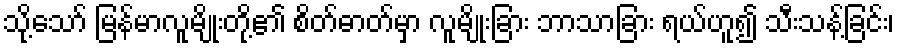
သို့သော် မြန်မာလူမျိုးတို့၏ စိတ်ဓာတ်မှာ လူမျိုးခြား ဘာသာခြား ရယ်ဟူ၍ သီးသန့်ခြင်း၊